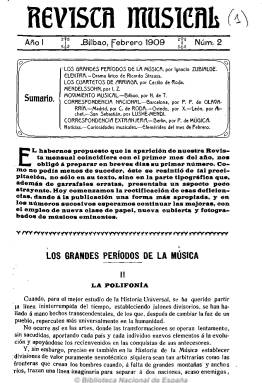
Título: Revista musical (Bilbao)
Colección: Música
Ámbito geográfico: Vizcaya
Lugar de publicación: Bilbao
Fechas: 01/02/1909-31/12/1913

Una de las publicaciones más influyentes y modelo en su género, fundada y dirigida por el bilbaíno Carlos Gortázar y Manso de Velasco (1864-1926), considerado el mejor crítico musical de su tiempo bajo el seudónimo Ignacio Zubialde, y en la que se dieron cita las firmas de historiadores, musicólogos y críticos de la talla de Rafael Mitjana, Miguel Salvador, Luis Villalba y Cecilio de Roda, entre otros. Con frecuencia mensual, aparece a partir de enero de 1909, en el momento en que se ha producido una verdadera eclosión de sociedades filarmónicas que llevan a cabo una intensa actividad en las principales ciudades españolas. La revista representa una excepcional y valiosísima aportación al movimiento y al estudio musical de la época en Vasconia, España y Europa, en cuyas páginas se sostuvieron brillantes polémicas, entre las que se encuentran las afirmaciones más duras sobre la obra de Ruperto Chapí (1851-1909) o sobre la música vascuence por parte del propio Gortázar, así como las cuestiones y reflexiones de mayor interés sobre el afianzamiento de una ópera nacional española.

Además de excelentes artículos sobre historia, teoría o técnicas musicales, ofrece reseñas y críticas de los conciertos y estrenos teatrales contando para ello con una red de corresponsales en las ciudades de Barcelona, Madrid, Gijón, Oviedo, León, San Sebastián, Valencia o Zaragoza, pero también en Berlín, Bruselas, Londres, París, Roma, Burdeos o Milán. Asimismo publica noticias y curiosidades del movimiento musical en España y Europa, de sus sociedades e instituciones de enseñanza, efemérides, biografías. También en algunas de sus entregas, que van desde las 20 a las 46 páginas y con numeración continuada anual, inserta algunas partituras y algún retrato, así como publicidad comercial sobre productos musicales. Además de los nombres ya citados, entre sus principales colaboradores estuvieron Rafael Altamira, Enrique de Benito, Giulio Bas, Mateo H. Barroso, Eduardo L. Chávarri, José Daene, Joaquín Turina y Guillermo Uribe, entre otros muchos.

Su portada tiene un claro diseño modernista y tras cinco años dejó de publicarse en diciembre de 1913 por problemas personales de su director, cediéndosela a la Sociedad Filarmónica de Madrid, presidida por Augusto Barrado, quien a partir de enero del siguiente año la editará desde esta ciudad con el título Revista musical hispano-americana (véase este título en esta misma colección digital de la Biblioteca Nacional de España).

La colección completa de la revista fue editada en facsímil por la Diputación Foral de Vizcaya en 2003, en cinco tomos. En un sexto tomo incluye cinco estudios sobre la misma, coordinados por Ignacio Olábarri Gortázar, así como los índices general y de autores, toponímico, onomástico y de materias, que representan un gran esfuerzo a la vez que una gran utilidad para su consulta.